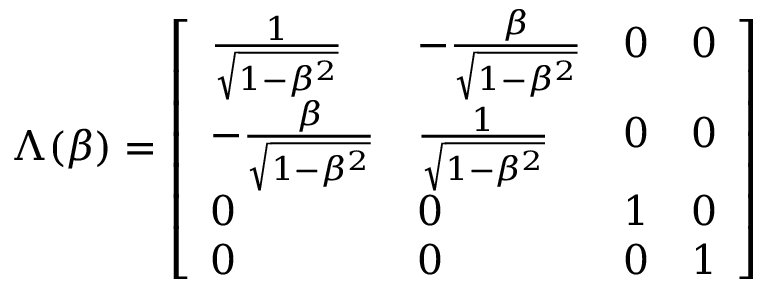
\Lambda ( \beta ) = { \left[ \begin{array} { l l l l } { { \frac { 1 } { \sqrt { 1 - \beta ^ { 2 } } } } } & { - { \frac { \beta } { \sqrt { 1 - \beta ^ { 2 } } } } } & { 0 } & { 0 } \\ { - { \frac { \beta } { \sqrt { 1 - \beta ^ { 2 } } } } } & { { \frac { 1 } { \sqrt { 1 - \beta ^ { 2 } } } } } & { 0 } & { 0 } \\ { 0 } & { 0 } & { 1 } & { 0 } \\ { 0 } & { 0 } & { 0 } & { 1 } \end{array} \right] }